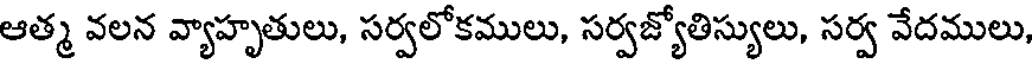
ఆత్మ వలన వ్యాహృతులు, సర్వలోకములు, సర్వజ్యోతిస్యులు, సర్వ వేదములు,